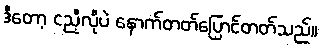
ဒီတော့ ငညီ့လိုပဲ နောက်တတ်ပြောင်တတ်သည်။